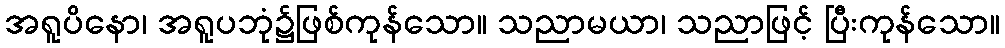
အရူပိနော၊ အရူပဘုံ၌ဖြစ်ကုန်သော။ သညာမယာ၊ သညာဖြင့် ပြီးကုန်သော။